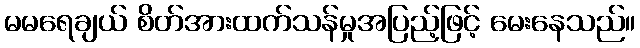
မမရေချယ် စိတ်အားထက်သန်မှုအပြည့်ဖြင့် မေးနေသည်။